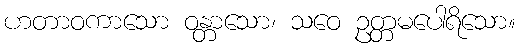
ဟတာဝကာသော ဝန္တာသော၊ သဝေ ဥတ္တမပေါရိသော။